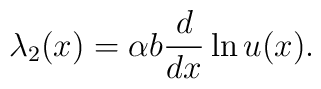
\lambda_2(x)=\alpha b{d\over dx}\ln u(x).